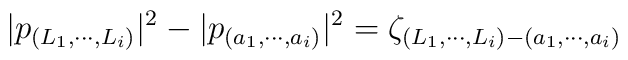
|p_{(L_1,\cdots,L_i)}|^2-|p_{(a_1,\cdots,a_i)}|^2=\zeta_{(L_1,\cdots,L_i)-(a_1,\cdots,a_i)}